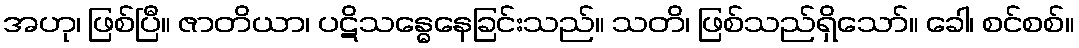
အဟု၊ ဖြစ်ပြီ။ ဇာတိယာ၊ ပဋိသန္ဓေနေခြင်းသည်။ သတိ၊ ဖြစ်သည်ရှိသော်။ ခေါ၊ စင်စစ်။